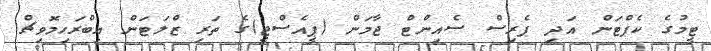
ޓީމުގެ ކެޕްޓަން އަދި ޕެރިސް ސެއިންޓް ޖާމަން (ޕީއެސްޖީ)ގެ ތަރި ޒްލަޓަން އިބްރަހިމޮވިޗް